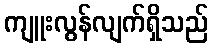
ကျူးလွန်လျက်ရှိသည်